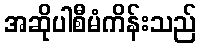
အဆိုပါစီမံကိန်းသည်